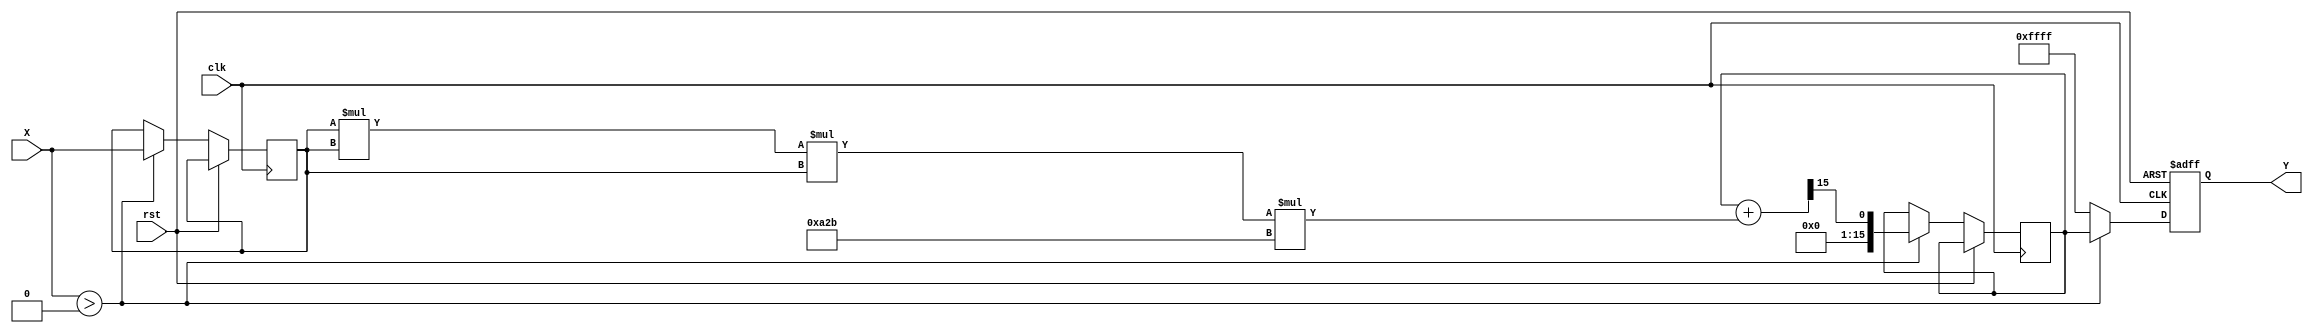
module poly_reciprocal (
    input wire [15:0] X,      // 16-bit fixed-point input
    output reg [15:0] Y,      // 16-bit fixed-point output
    input wire clk,           // Clock signal
    input wire rst            // Reset signal
);

    // Polynomial coefficients for approximation (example values)
    parameter a0 = 16'h1A2B; // Coefficient for x^0
    parameter a1 = 16'hF3C4; // Coefficient for x^1
    parameter a2 = 16'h0B1C; // Coefficient for x^2
    parameter a3 = 16'h0A2B; // Coefficient for x^3

    reg [15:0] x_norm;        // Normalized input
    reg [15:0] approx;        // Polynomial approximation
    reg [15:0] temp;          // Temporary variable for calculations

    // Normalize input to range [1, 2)
    always @(posedge clk or posedge rst) begin
        if (rst) begin
            Y <= 16'h0000; // Reset output
        end else begin
            if (X > 16'h0000) begin // Avoid division by zero
                // Normalize input
                x_norm <= X; // Assuming X is already in the range [1, 2)
                
                // Polynomial evaluation using Horner's method
                approx <= a0;
                approx <= approx + (x_norm * a1) >> 15; // a0 + a1 * x
                approx <= approx + (x_norm * x_norm * a2) >> 15; // + a2 * x^2
                approx <= approx + (x_norm * x_norm * x_norm * a3) >> 15; // + a3 * x^3
                
                // Output the approximation
                Y <= approx;
            end else begin
                Y <= 16'hFFFF; // Indicate error for zero or out of range
            end
        end
    end

endmodule